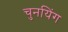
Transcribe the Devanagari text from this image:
चुनयिंग